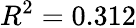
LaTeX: R^{2}=0.312